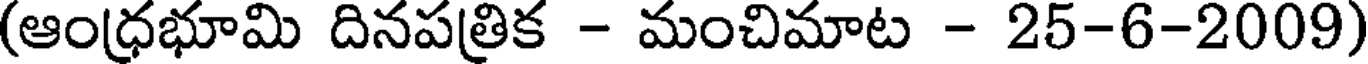
(ఆంధ్రభూమి దినపత్రిక - మంచిమాట - 25-6-2009)